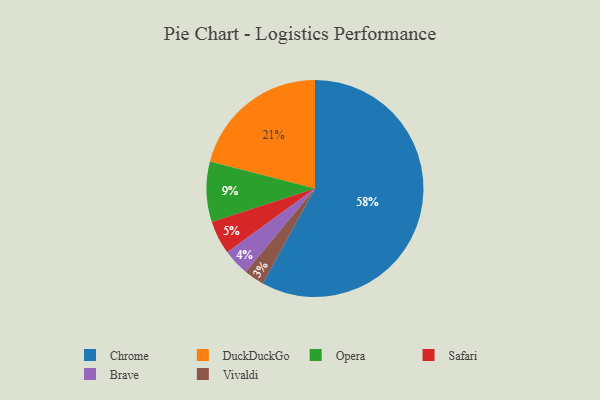
{"axis": {"x": "Category", "y": "Percentage"}, "legend": ["Brave", "Chrome", "DuckDuckGo", "Opera", "Safari", "Vivaldi"], "data": [{"x": "Chrome", "y": 58, "type": "Chrome"}, {"x": "Brave", "y": 4, "type": "Brave"}, {"x": "Safari", "y": 5, "type": "Safari"}, {"x": "Vivaldi", "y": 3, "type": "Vivaldi"}, {"x": "Opera", "y": 9, "type": "Opera"}, {"x": "DuckDuckGo", "y": 21, "type": "DuckDuckGo"}]}